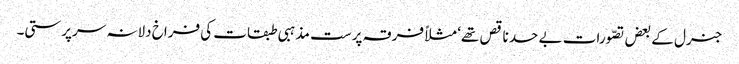
جنرل کے بعض تصّورات بے حد ناقص تھے‘ مثلاً فرقہ پرست مذہبی طبقات کی فراخ دلانہ سرپرستی۔